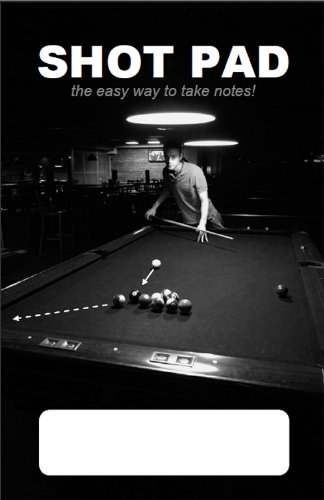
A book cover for Shot Pad - The easy way to take notes in Pocket Billiards and Pool; Robert Plaut; Sports & Outdoors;